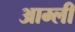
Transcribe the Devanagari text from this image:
आम्ली